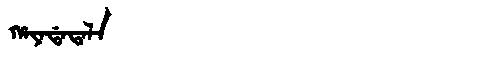
Manchu: ᡥᠠᠶᠠᡩᠠᡨᠠᠯᠠ
Romanization: HAYADATALA